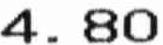
4.80